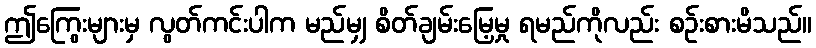
ဤကြွေးများမှ လွတ်ကင်းပါက မည်မျှ စိတ်ချမ်းမြေ့မှု ရမည်ကိုလည်း စဉ်းစားမိသည်။